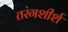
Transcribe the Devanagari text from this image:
तरंगशीर्श